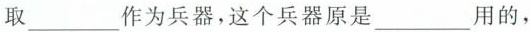
取___作为兵器，这个兵器原是___用的，